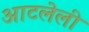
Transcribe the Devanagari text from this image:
आटलेली